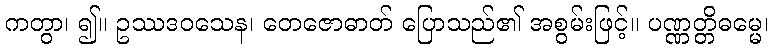
ကတွာ၊ ၍။ ဥဿဒဝသေန၊ တေဇောဓာတ် ပြောသည်၏ အစွမ်းဖြင့်။ ပဏ္ဏတ္တိဓမ္မေ၊